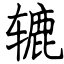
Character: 辘